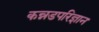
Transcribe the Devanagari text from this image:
कन्नडपरिज्ञान